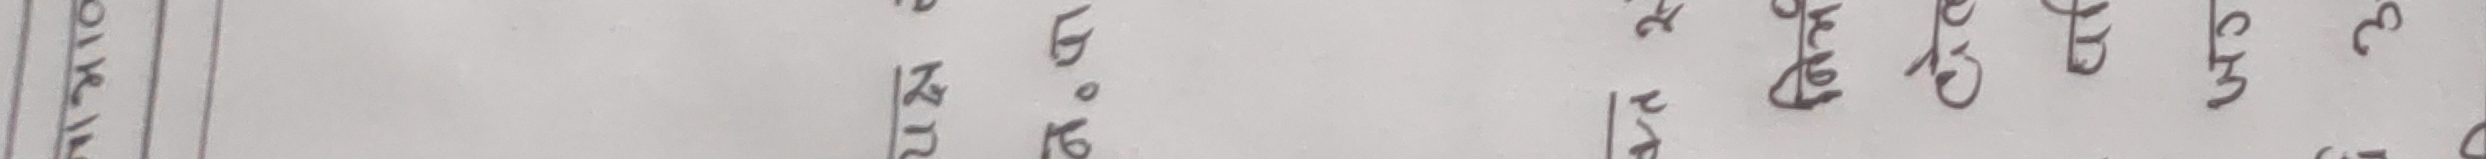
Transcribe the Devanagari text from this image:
लेट् गरेको